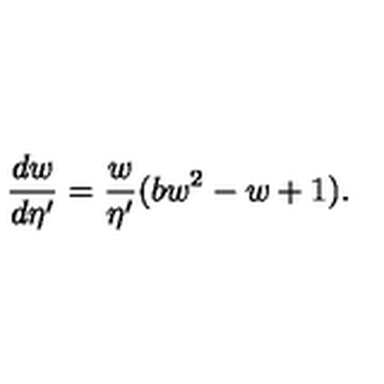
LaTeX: \frac { d w } { d \eta ^ { \prime } } = \frac { w } { \eta ^ { \prime } } ( b w ^ { 2 } - w + 1 ) .